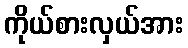
ကိုယ်စားလှယ်အား